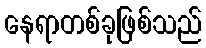
နေရာတစ်ခုဖြစ်သည်